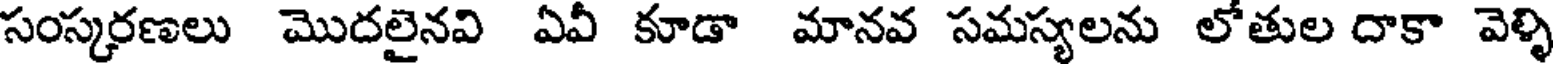
సంస్కరణలు మొదలైనవి ఏవీ కూడా మానవ సమస్యలను లోతుల దాకా వెళ్ళి